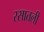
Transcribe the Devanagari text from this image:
रसातली